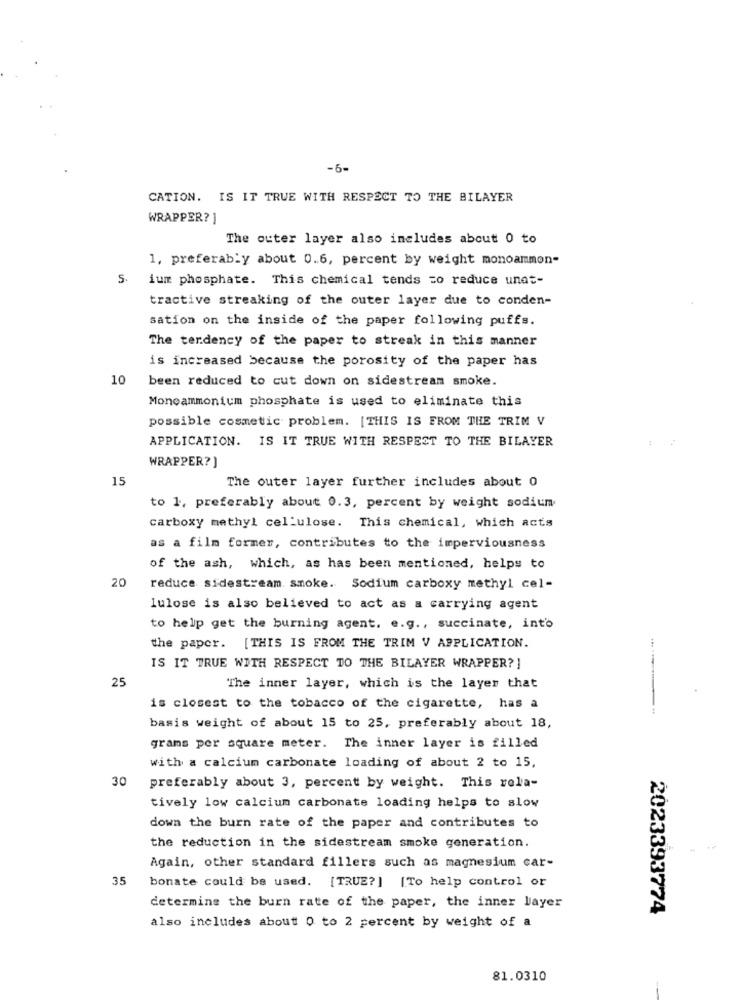
-6-
CATION. IS IT TRUE WITH RESPECT TO THE BILAYER
WRAPPER? ]
The outer layer also includes about 0 to
1, preferably about 0.6, percent by weight monoammon-
5.
ium phosphate. This chemical tends zo reduce unat-
tractive streaking of the outer layer due to conden-
sation on the inside of the paper following puffs.
The tendency of the paper to streak in this manner
is increased because the porosity of the paper has
10
been reduced to cut down on sidestream smoke.
Monoammonium phosphate is used to eliminate this
possible cosmetic problem. [THIS IS FROM THE TRIM V
APPLICATION. IS IT TRUE WITH RESPECT TO THE BILAYER
WRAPPER?]
15
The outer layer further includes about 0
to 1, preferably about 0.3, percent by weight sodium
carboxy methyl cellulose. This chemical, which acts
as a film former, contributes to the imperviousness
of the ash, which, as has been mentioned, helps to
20
reduce sidestream smoke. Sodium carboxy methyl cel-
lulose is also believed to act as a carrying agent
to help get the burning agent. e.g ., succinate, into
the paper. [THIS IS FROM THE TRIM V APPLICATION.
IS IT TRUE WITH RESPECT TO THE BILAYER WRAPPER?]
25
The inner layer, which is the layer that
is closest to the tobacco of the cigarette, has a
basis weight of about 15 to 25, preferably about 18,
grams per square meter. The inner layer is filled
with a calcium carbonate loading of about 2 to 15,
30
preferably about 3, percent by weight. This rela-
tively low calcium carbonate loading helps to slow
down the burn rate of the paper and contributes to
the reduction in the sidestream smoke generation.
Again, other standard fillers such as magnesium car-
35
bonate could be used. [TRUE?] [To help control or
determine the burn rate of the paper, the inner layer
2023393774
also includes about 0 to 2 percent by weight of a
81.0310